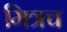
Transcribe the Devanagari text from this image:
मित्रच